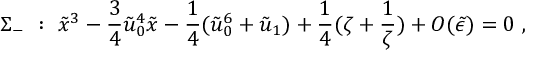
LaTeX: \Sigma _ { - } \ : \ \tilde { x } ^ { 3 } - \frac { 3 } { 4 } \tilde { u } _ { 0 } ^ { 4 } \tilde { x } - \frac { 1 } { 4 } ( \tilde { u } _ { 0 } ^ { 6 } + \tilde { u } _ { 1 } ) + \frac { 1 } { 4 } ( \zeta + \frac { 1 } { \zeta } ) + { \cal O } ( \tilde { \epsilon } ) = 0 \ ,